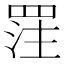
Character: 𮊈